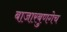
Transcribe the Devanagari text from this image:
बाजारबुणगेच